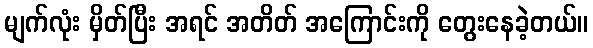
မျက်လုံး မှိတ်ပြီး အရင် အတိတ် အကြောင်းကို တွေးနေခဲ့တယ်။